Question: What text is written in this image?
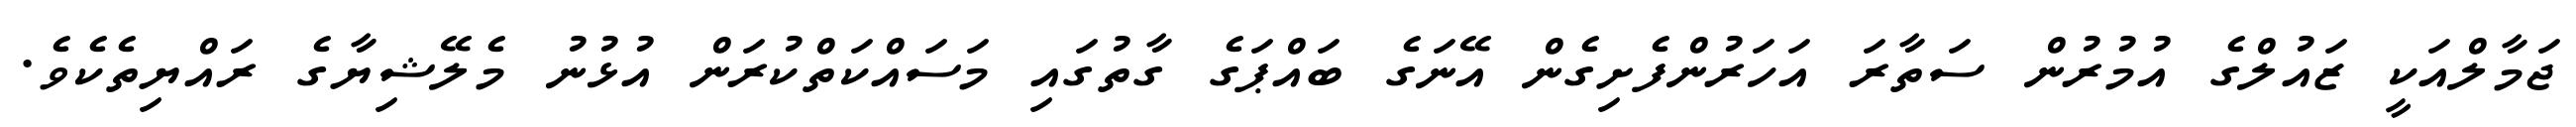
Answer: ޖަމާލްއަކީ ޒައުލްގެ އުމުރުން ސަތާރަ އަހަރުންފެށިގެން އޭނަގެ ބައްޕަގެ ގާތުގައި މަސައްކަތްކުރަން އުޅުނު މެލޭޝިޔާގެ ރައްޔިތެކެވެ.